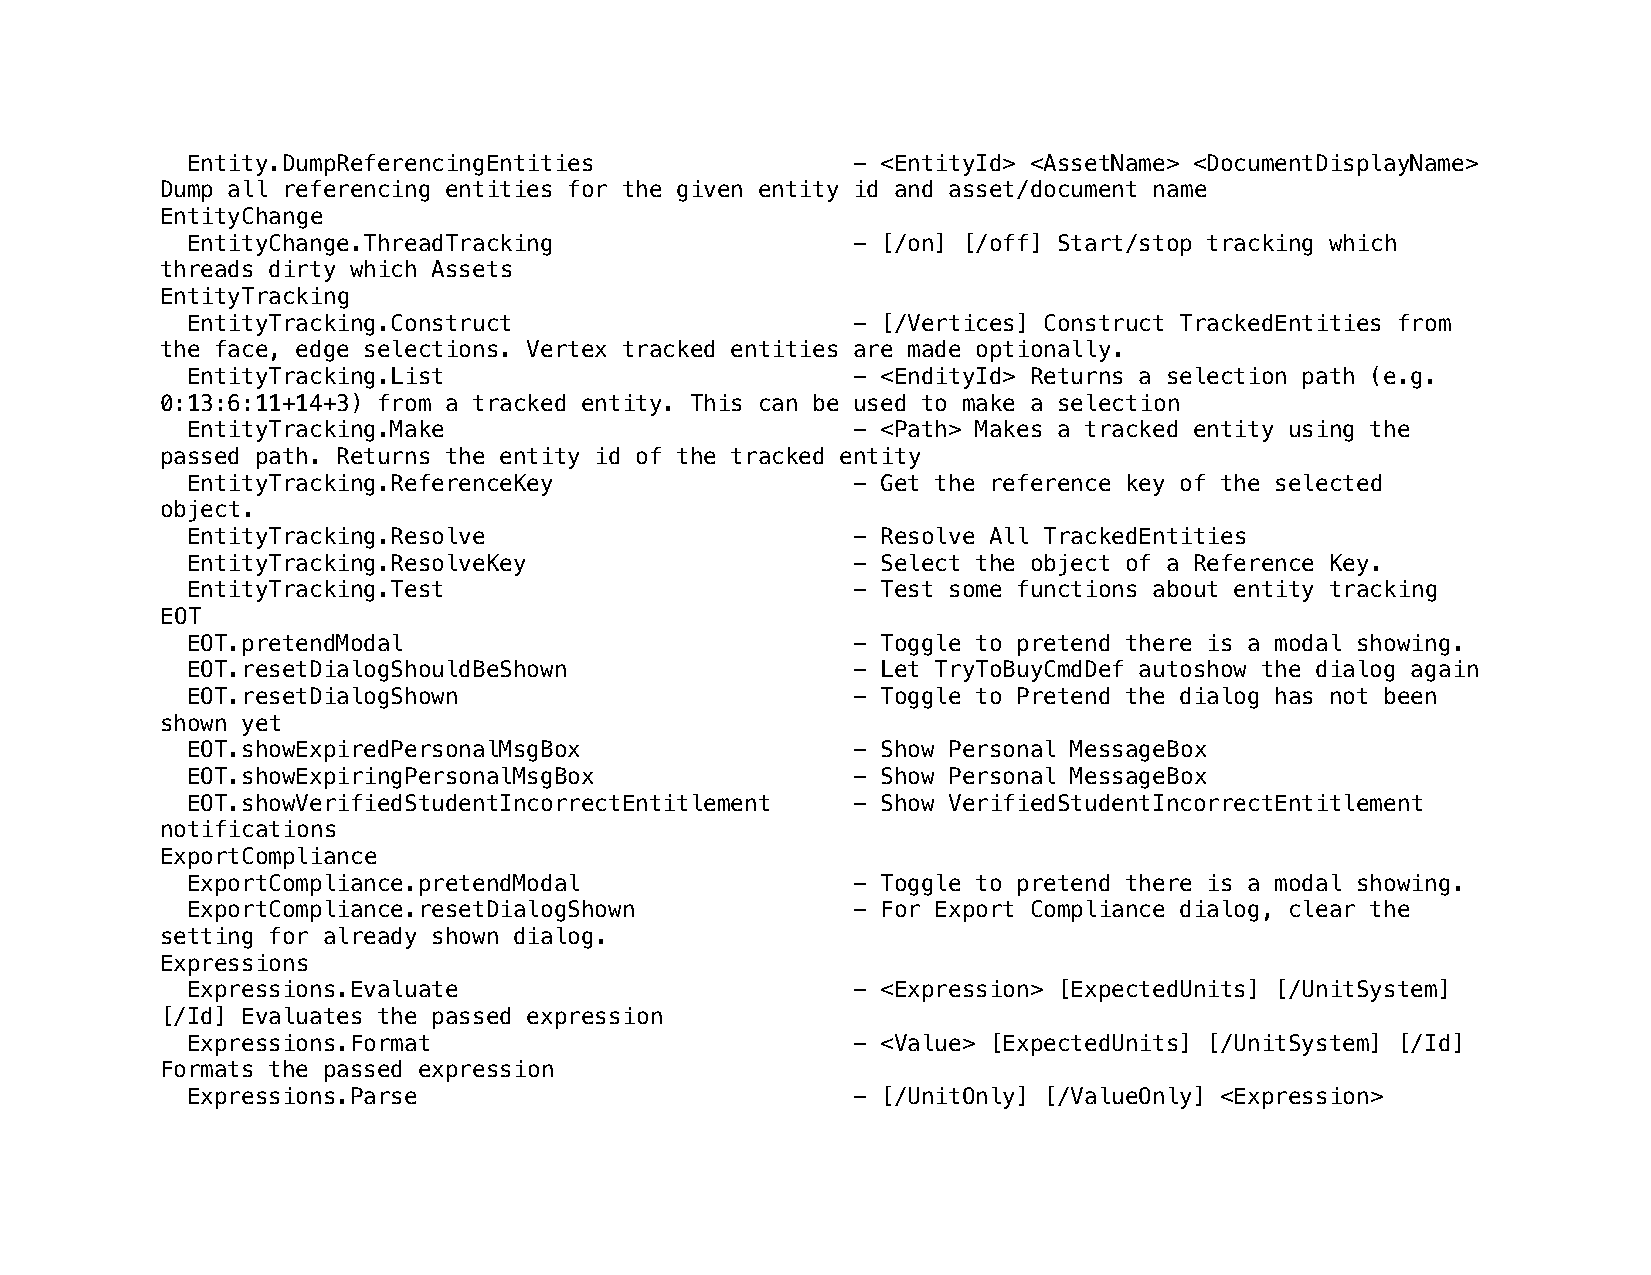
Entity.DumpReferencingEntities              - <EntityId> <AssetName> <DocumentDisplayName>
 Dump all referencing entities for the given entity id and asset/document name
 EntityChange
 EntityChange.ThreadTracking                 - [/on] [/off] Start/stop tracking which
 threads dirty which Assets
 EntityTracking
 EntityTracking.Construct                    - [/Vertices] Construct TrackedEntities from
 the face, edge selections. Vertex tracked entities are made optionally.
 EntityTracking.List                         - <EndityId> Returns a selection path (e.g.
 0:13:6:11+14+3) from a tracked entity. This can be used to make a selection
 EntityTracking.Make                         - <Path> Makes a tracked entity using the
 passed path. Returns the entity id of the tracked entity
 EntityTracking.ReferenceKey                 - Get the reference key of the selected
 object.
 EntityTracking.Resolve                      - Resolve All TrackedEntities
 EntityTracking.ResolveKey                   - Select the object of a Reference Key.
 EntityTracking.Test                         - Test some functions about entity tracking
 EOT
 EOT.pretendModal                            - Toggle to pretend there is a modal showing.
 EOT.resetDialogShouldBeShown                - Let TryToBuyCmdDef autoshow the dialog again
 EOT.resetDialogShown                        - Toggle to Pretend the dialog has not been
 shown yet
 EOT.showExpiredPersonalMsgBox               - Show Personal MessageBox
 EOT.showExpiringPersonalMsgBox              - Show Personal MessageBox
 EOT.showVerifiedStudentIncorrectEntitlement - Show VerifiedStudentIncorrectEntitlement
 notifications
 ExportCompliance
 ExportCompliance.pretendModal               - Toggle to pretend there is a modal showing.
 ExportCompliance.resetDialogShown           - For Export Compliance dialog, clear the
 setting for already shown dialog.
 Expressions
 Expressions.Evaluate                        - <Expression> [ExpectedUnits] [/UnitSystem]
 [/Id] Evaluates the passed expression
 Expressions.Format                          - <Value> [ExpectedUnits] [/UnitSystem] [/Id]
 Formats the passed expression
 Expressions.Parse                           - [/UnitOnly] [/ValueOnly] <Expression>